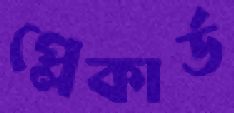
প্লেকার্ড